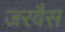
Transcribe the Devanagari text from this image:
जरवैस